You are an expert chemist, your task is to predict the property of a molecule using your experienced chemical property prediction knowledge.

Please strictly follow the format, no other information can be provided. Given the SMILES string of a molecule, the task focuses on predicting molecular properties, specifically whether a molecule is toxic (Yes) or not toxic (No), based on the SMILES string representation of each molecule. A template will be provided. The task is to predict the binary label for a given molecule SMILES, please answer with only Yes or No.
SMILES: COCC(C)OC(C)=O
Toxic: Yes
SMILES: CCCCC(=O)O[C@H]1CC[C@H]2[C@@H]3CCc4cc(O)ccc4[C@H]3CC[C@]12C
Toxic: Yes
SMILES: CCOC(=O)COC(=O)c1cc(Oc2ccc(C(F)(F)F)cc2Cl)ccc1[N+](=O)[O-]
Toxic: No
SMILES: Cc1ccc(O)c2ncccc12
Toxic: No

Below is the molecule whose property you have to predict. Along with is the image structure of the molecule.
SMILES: C[C@]12CC[C@H]3[C@@H](CC=C4C[C@@H](OS(=O)(=O)[O-])CC[C@@]43C)[C@@H]1CCC2=O
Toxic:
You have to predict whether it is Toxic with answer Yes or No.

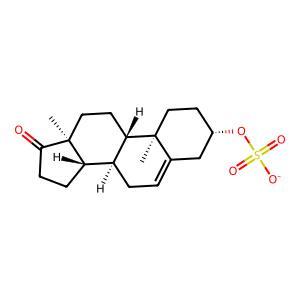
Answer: Yes